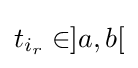
t_{i_{r}}\in ]a,b[